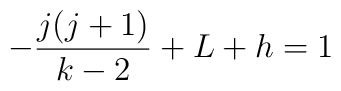
-{\frac{j(j+1)}{{k-2}}} + L + h = 1